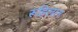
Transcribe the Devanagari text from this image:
रूहिलान